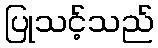
ပြုသင့်သည်